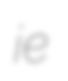
ie